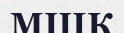
МШК